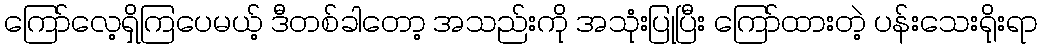
ကြော်လေ့ရှိကြပေမယ့် ဒီတစ်ခါတော့ အသည်းကို အသုံးပြုပြီး ကြော်ထားတဲ့ ပန်းသေးရိုးရာ